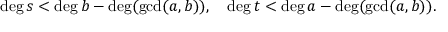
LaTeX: \deg s < \deg b - \deg ( \operatorname* { g c d } ( a , b ) ) , \quad \deg t < \deg a - \deg ( \operatorname* { g c d } ( a , b ) ) .